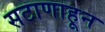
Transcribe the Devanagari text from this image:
सटाणाहून